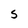
Character: S